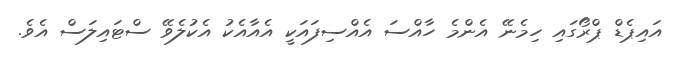
އައިޕެޑް ޕްރޯގައި ހިމެނޭ އެންމެ ހާއްސަ އެއްސިފައަކީ އެއާއެކު އެކުލެވޭ ސްޓައިލަސް އެވެ.